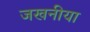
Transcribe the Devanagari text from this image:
जखनीया